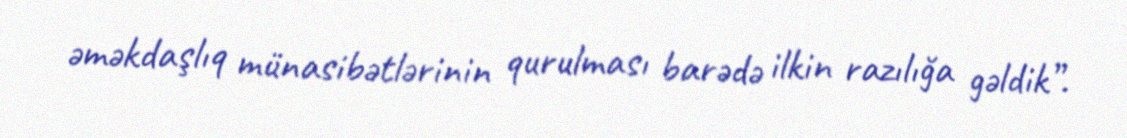
əməkdaşlıq münasibətlərinin qurulması barədə ilkin razılığa gəldik”.